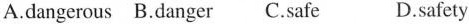
A.dangerous B.danger C.safe D.safety